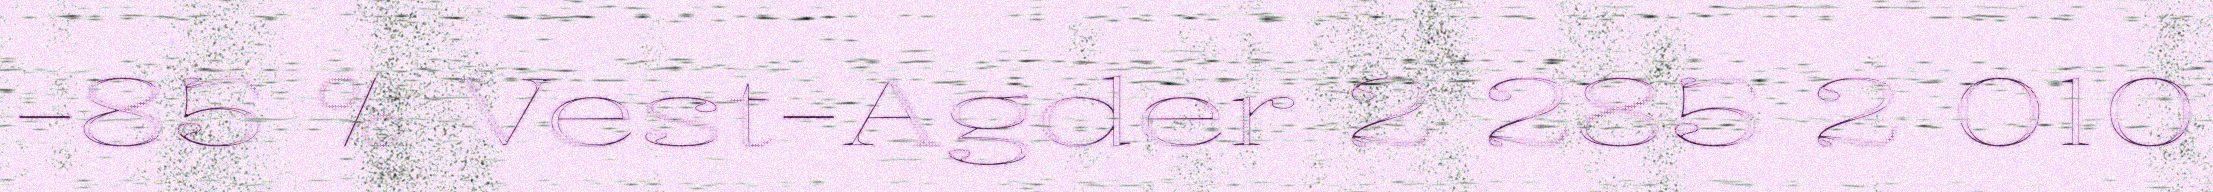
-85 % Vest-Agder 2 285 2 010